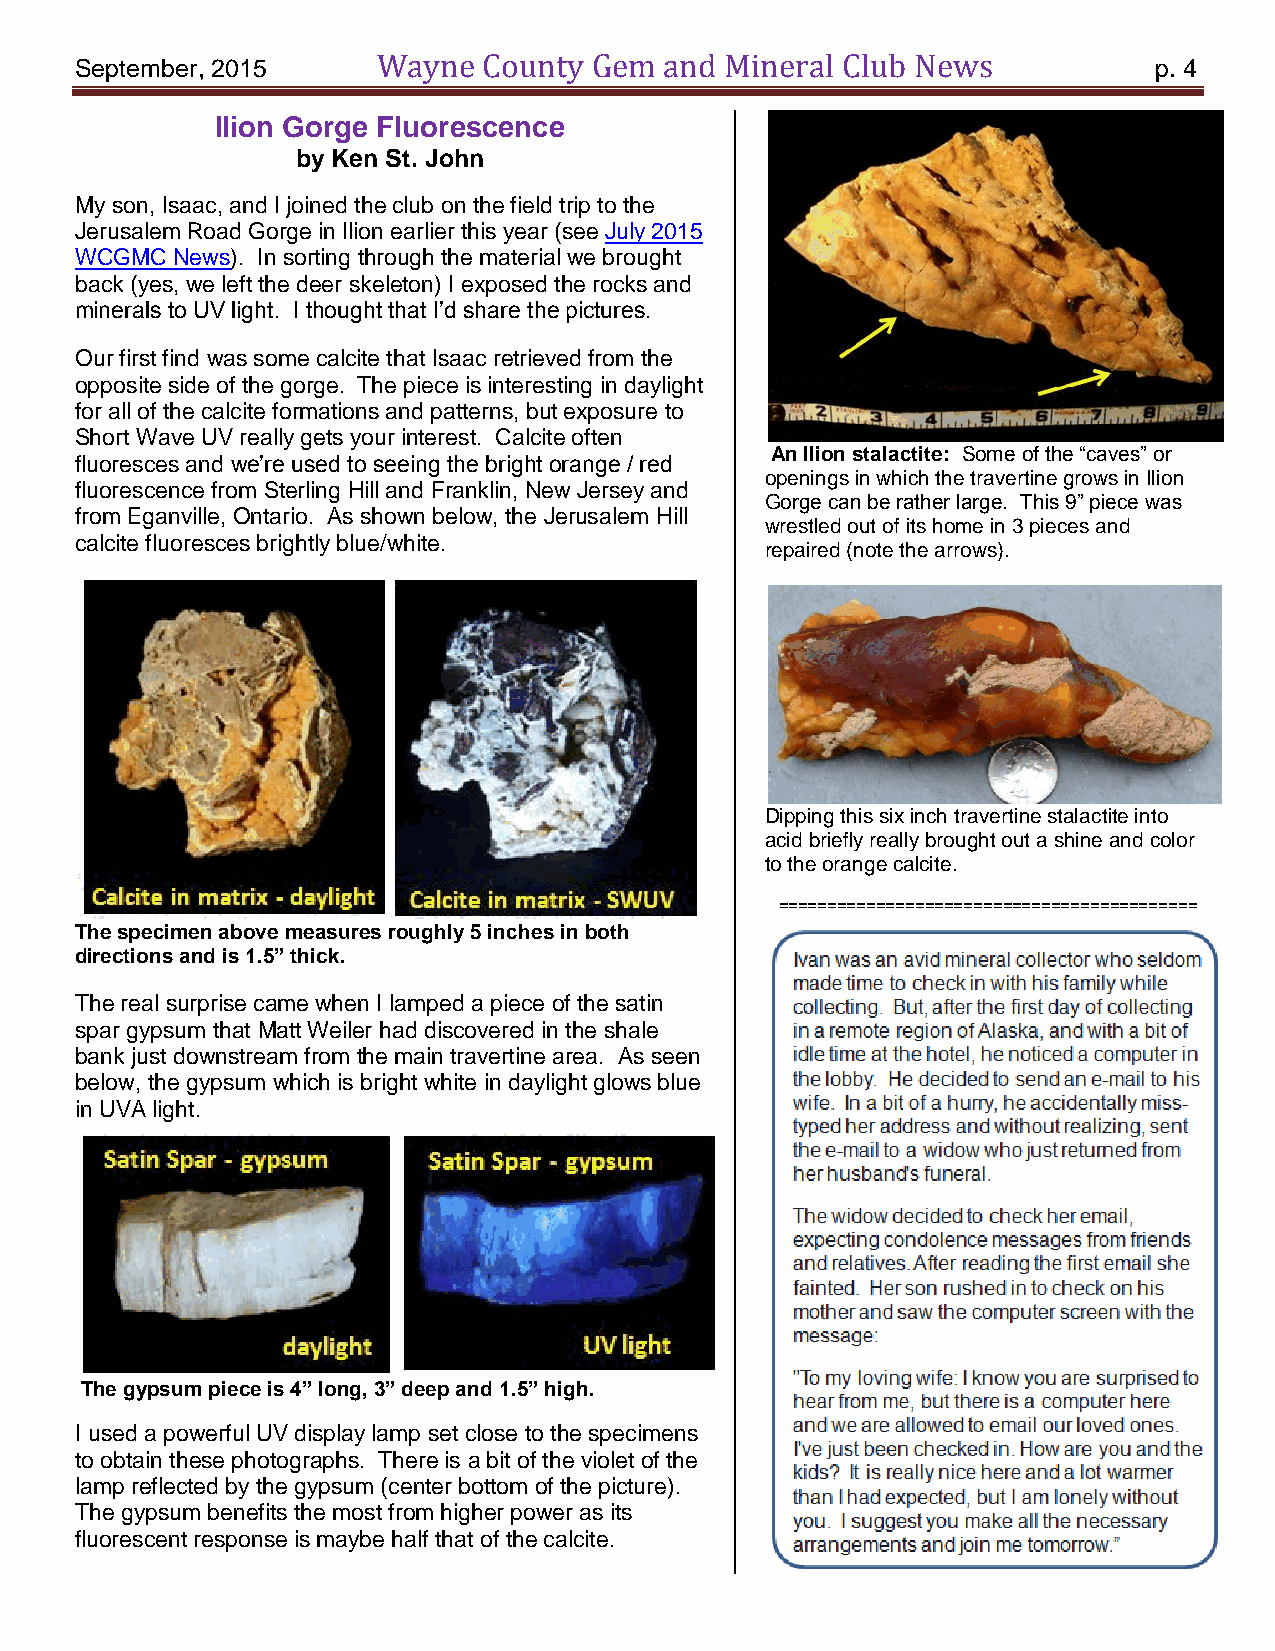
September, 2015     Wayne  County Gem  and Mineral Club News           p. 4
 Ilion Gorge Fluorescence
 by Ken St. John
 My son, Isaac, and I joined the club on the field trip to the
 Jerusalem Road Gorge in Ilion earlier this year (see July 2015
 WCGMC News). In sorting through the material we brought
 back (yes, we left the deer skeleton) I exposed the rocks and
 minerals to UV light. I thought that I’d share the pictures.
 Our first find was some calcite that Isaac retrieved from the
 opposite side of the gorge. The piece is interesting in daylight
 for all of the calcite formations and patterns, but exposure to
 Short Wave UV really gets your interest. Calcite often
 An Ilion stalactite: Some of the “caves” or
 fluoresces and we’re used to seeing the bright orange / red
 openings in which the travertine grows in Ilion
 fluorescence from Sterling Hill and Franklin, New Jersey and
 Gorge can be rather large. This 9” piece was
 from Eganville, Ontario. As shown below, the Jerusalem Hill
 wrestled out of its home in 3 pieces and
 calcite fluoresces brightly blue/white.
 repaired (note the arrows).
 Dipping this six inch travertine stalactite into
 acid briefly really brought out a shine and color
 to the orange calcite.
 ===========================================
 The specimen above measures roughly 5 inches in both
 directions and is 1.5” thick.
 The real surprise came when I lamped a piece of the satin
 spar gypsum that Matt Weiler had discovered in the shale
 bank just downstream from the main travertine area. As seen
 below, the gypsum which is bright white in daylight glows blue
 in UVA light.
 The gypsum piece is 4” long, 3” deep and 1.5” high.
 I used a powerful UV display lamp set close to the specimens
 to obtain these photographs. There is a bit of the violet of the
 lamp reflected by the gypsum (center bottom of the picture).
 The gypsum benefits the most from higher power as its
 fluorescent response is maybe half that of the calcite.